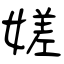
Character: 嫅